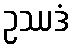
ဥဿဒံ